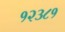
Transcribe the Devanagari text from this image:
१२३८१